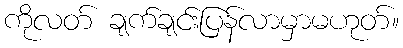
ကိုလတ် ချက်ချင်းပြန်လာမှာမဟုတ်။